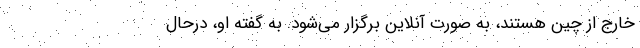
خارج از چین هستند، به صورت آنلاین برگزار می‌شود. به گفته او، درحال